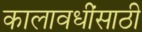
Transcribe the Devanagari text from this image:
कालावधींसाठी